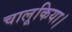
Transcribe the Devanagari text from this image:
चालूकिया।